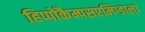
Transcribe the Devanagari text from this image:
हिप्पोकैम्पसएमिग्डाला